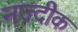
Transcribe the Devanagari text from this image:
नज्दीक